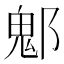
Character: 𨝀